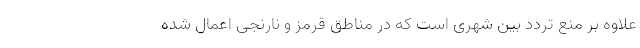
علاوه بر منع تردد بین شهری است که در مناطق قرمز و نارنجی اعمال شده